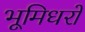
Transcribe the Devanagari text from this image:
भूमिधरों